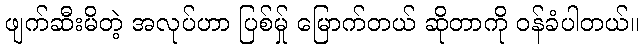
ဖျက်ဆီးမိတဲ့ အလုပ်ဟာ ပြစ်မ်ှု မြောက်တယ် ဆိုတာကို ဝန်ခံပါတယ်။